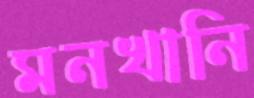
মনখানি